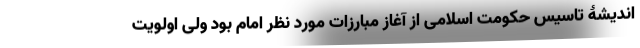
اندیشۀ تاسیس حکومت اسلامی از آغاز مبارزات مورد نظر امام بود ولی اولویت